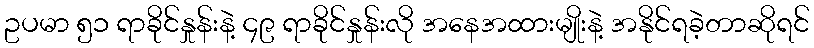
ဥပမာ ၅၁ ရာခိုင်နှုန်းနဲ့ ၄၉ ရာခိုင်နှုန်းလို အနေအထားမျိုးနဲ့ အနိုင်ရခဲ့တာဆိုရင်